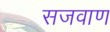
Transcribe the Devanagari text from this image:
सजवाण